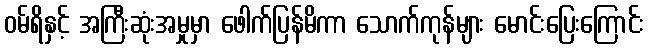
ဝမ်ရိနှင့် အကြီးဆုံးအမှုမှာ ဖေါက်ပြန်မိကာ သောက်ကုန်များ မောင်းပြေးကြောင်း